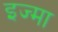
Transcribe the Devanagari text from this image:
इज्मा